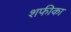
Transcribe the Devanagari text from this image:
शफीका